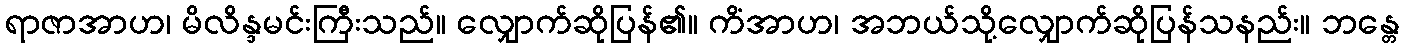
ရာဇာအာဟ၊ မိလိန္ဒမင်းကြီးသည်။ လျှောက်ဆိုပြန်၏။ ကိံအာဟ၊ အဘယ်သို့လျှောက်ဆိုပြန်သနည်း။ ဘန္တေ